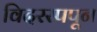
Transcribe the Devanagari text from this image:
विदरस्पपून